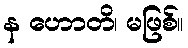
န ဟောတိ၊ မဖြစ်။